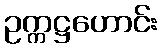
ဥက္ကဋ္ဌဟောင်း